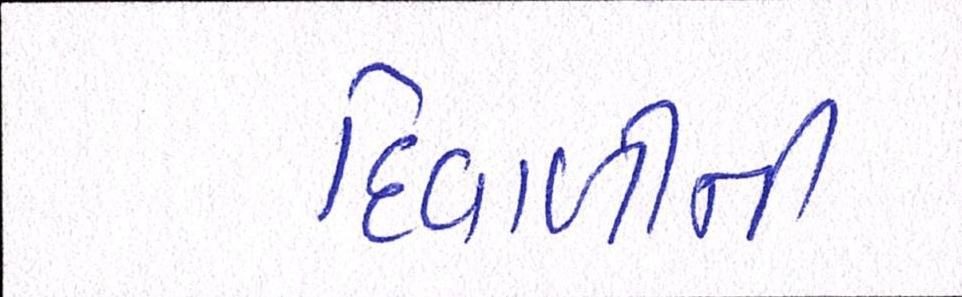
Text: દિવાળીની